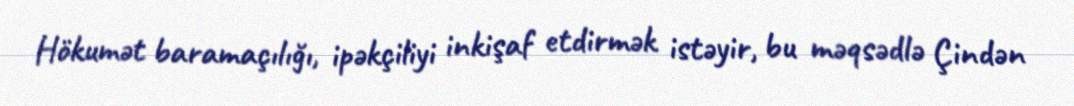
Hökumət baramaçılığı, ipəkçiliyi inkişaf etdirmək istəyir, bu məqsədlə Çindən